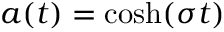
a ( t ) = \cosh ( \sigma t )